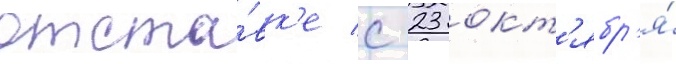
отста́вк'е с 23 окт'ябр'я́